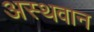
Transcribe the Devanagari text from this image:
अस्थवान